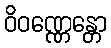
ဝိဝဏ္ဏေန္တော